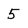
Character: 5